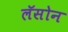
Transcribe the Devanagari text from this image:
लॅसोन